Indian journal of veterinary science and animal husbandry - Volumes 26-27, 1956-1957
Year: 1956
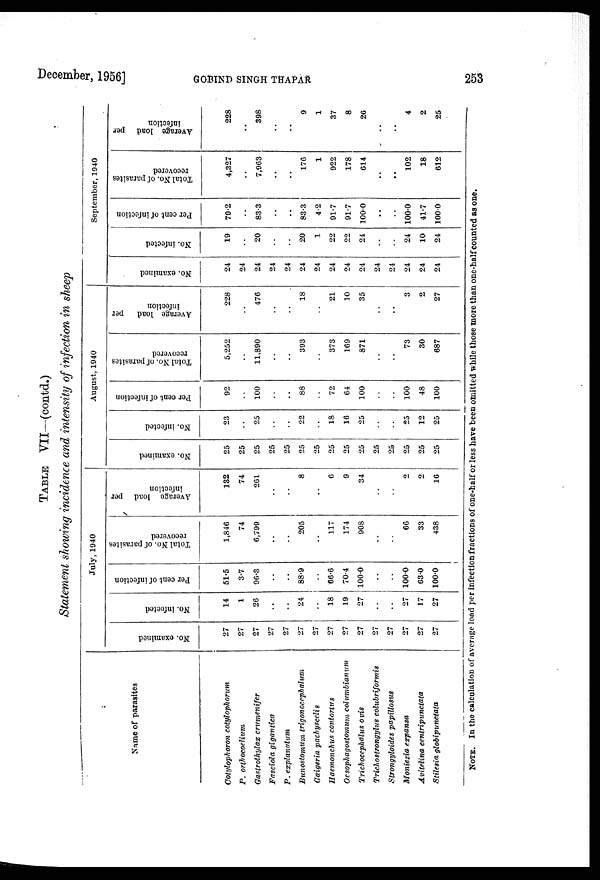
December, 1956]
GOBIND
SINGH
THAPAR
253
TABLE VII—(contd.)
Statement showing incidence and intensity of infection in sheep
Name of parasites
Cotylophoron cotylophorum
P. orthocoelium
Gastrothylax crumenifer
Fasciola gigantica
P. explanatum
Bunostomum trigonocephalum
Gaigeria pachyscelis
Haemonchus contortus
Oesophagostomum columbianum
Trichocephalus ovis
Trichostrongylus colubriformis
Strongyloides papillosus
Moniezia expansa
Avitelina centripunctata
Stilesia globipunctata
July, 1940
No. examined
27
27
27
27
27
27
27
27
27
27
27
27
27
27
27
No. infected
14
1
26
..
..
24
..
18
19
27
..
..
27
17
27
Per cent of infection
51.5
3.7
96.3
..
..
88.9
..
66.6
70.4
100.0
..
..
100.0
63.0
100.0
Total No. of parasites
recovered
1,846
74
6,799
..
..
205
..
117
174
908
..
..
66
33
438
Average load per
infection
132
74
261
..
..
8
..
6
9
34
..
..
2
2
16
August, 1940
No. examined
25
25
25
25
25
25
25
25
25
25
25
25
25
25
25
No. infected
23
..
25
..
..
22
..
18
16
25
..
..
25
12
25
Per cent of infection
92
..
100
..
..
88
..
72
64
100
..
..
100
48
100
Total No. of parasites
recovered
5,252
..
11,890
..
..
393
..
373
169
871
..
..
73
30
687
Average load
per
infection
228
..
476
..
..
18
..
21
10
35
..
..
3
2
27
September, 1940
No. examined
24
24
24
24
24
24
24
24
24
24
24
24
24
24
24
No. infected
19
..
20
..
..
20
1
22
22
24
..
..
24
10
24
Per cent of infection
79.2
..
83.3
..
..
83.3
4.2
91.7
91.7
100.0
..
..
100.0
41.7
100.0
Total No. of parasites
recovered
4,327
..
7,963
..
..
176
1
922
178
614
..
..
102
18
612
Average load per
infection
228
..
398
..
..
9
1
37
8
26
..
..
4
2
25
NOTE. In the calculation of average load per infection fractions of one-half or less have been omitted while those more than one-half counted as one.